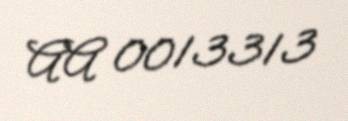
AA 0013313